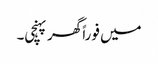
میں فوراً گھر پہنچی۔